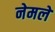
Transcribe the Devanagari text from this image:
नेमलें